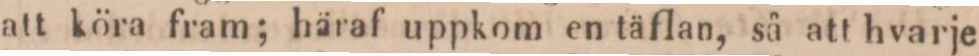
att köra fram; häraf uppkom en täflan, så att hvarje